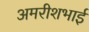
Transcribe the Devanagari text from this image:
अमरीशभाई